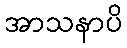
အာသနာပိ